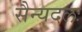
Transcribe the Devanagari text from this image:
सैन्यदलः